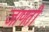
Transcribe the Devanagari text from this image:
जाणती